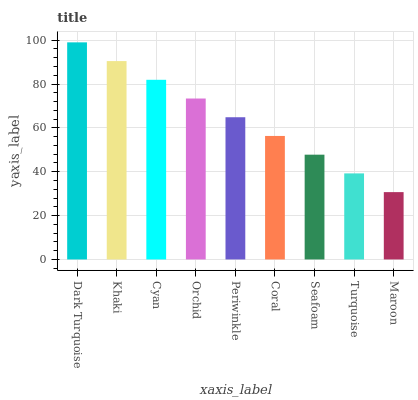
| xaxis_label | bars |
 | --- | --- |
 | Dark Turquoise | 99 |
 | Khaki | 90.5 |
 | Cyan | 81.9 |
 | Orchid | 73.4 |
 | Periwinkle | 64.9 |
 | Coral | 56.3 |
 | Seafoam | 47.8 |
 | Turquoise | 39.2 |
 | Maroon | 30.7 |